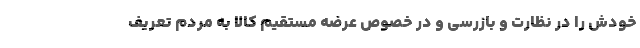
خودش را در نظارت و بازرسی و در خصوص عرضه مستقیم کالا به مردم تعریف